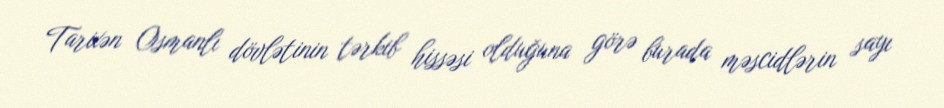
Tarixən Osmanlı dövlətinin tərkib hissəsi olduğuna görə burada məscidlərin sayı